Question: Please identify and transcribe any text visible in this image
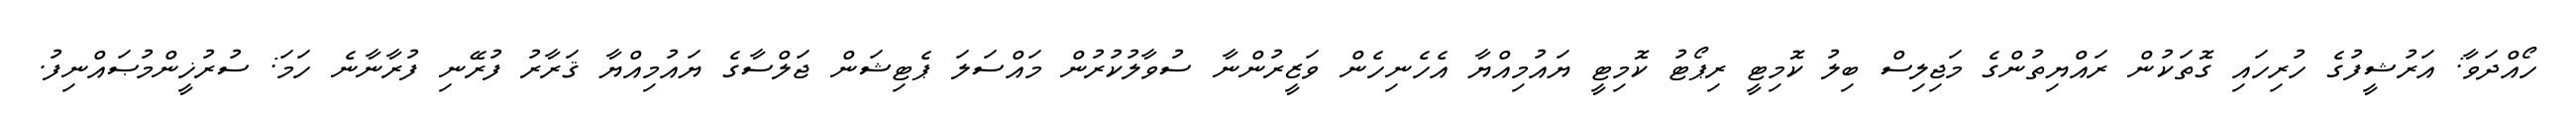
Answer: ހޯއްދަވާ: އަރުޝީފުގެ ހުރިހައި ގޮތަކުން ރައްޔިތުންގެ މަޖިލިސް ބިލު ކޮމިޓީ ރިޕޯޓު ކޮމިޓީ ޔައުމިއްޔާ އެހެނިހެން ވަޒީރުންނާ ސުވާލުކުރުން މައްސަލަ ޕެޓިޝަން ޖަލްސާގެ ޔައުމިއްޔާ ޤަރާރު ފުރޭނި ފުރާނާނެ ހަމަ: ސުރުޚީންމުޞައްނިފު.